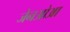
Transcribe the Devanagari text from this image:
जेनओआ